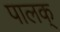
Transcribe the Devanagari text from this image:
पालक्